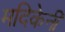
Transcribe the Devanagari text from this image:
मदिकेनी